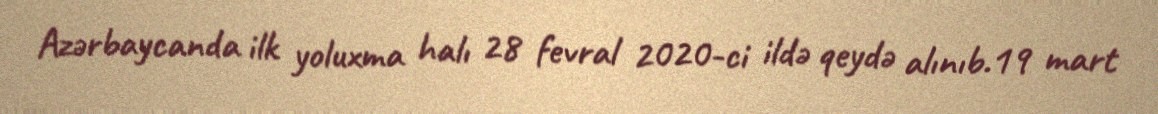
Azərbaycanda ilk yoluxma halı 28 fevral 2020-ci ildə qeydə alınıb.19 mart